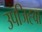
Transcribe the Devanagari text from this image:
उपजिह्वा